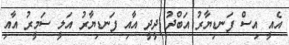
އެއީ އިސް ފަނޑިޔާރު އަބްދު ދީދީ އާއި ފަނޑިޔާރު އަލީ ސަމީރު އާއި